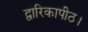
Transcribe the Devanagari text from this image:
द्वारिकापीठ।